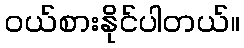
၀ယ်စားနိုင်ပါတယ်။